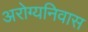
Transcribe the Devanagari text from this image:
अरोग्यनिवास